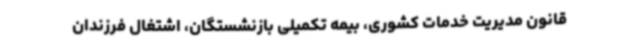
قانون مدیریت خدمات کشوری، بیمه تکمیلی بازنشستگان، اشتغال فرزندان